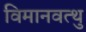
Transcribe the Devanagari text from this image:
विमानवत्थु